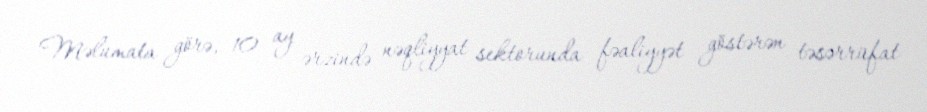
Məlumata görə, 10 ay ərzində nəqliyyat sektorunda fəaliyyət göstərən təsərrüfat